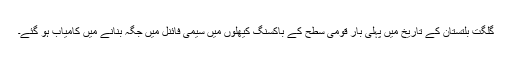
گلگت بلتستان کے تاریخ میں پہلی بار قومی سطح کے باکسنگ کیھلوں میں سیمی فائنل میں جگہ بنانے میں کامیاب ہو گئے۔